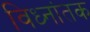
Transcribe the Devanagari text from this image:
विध्नांतक